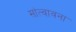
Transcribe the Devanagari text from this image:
सांत्वावना